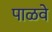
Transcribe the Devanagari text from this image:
पाळवे